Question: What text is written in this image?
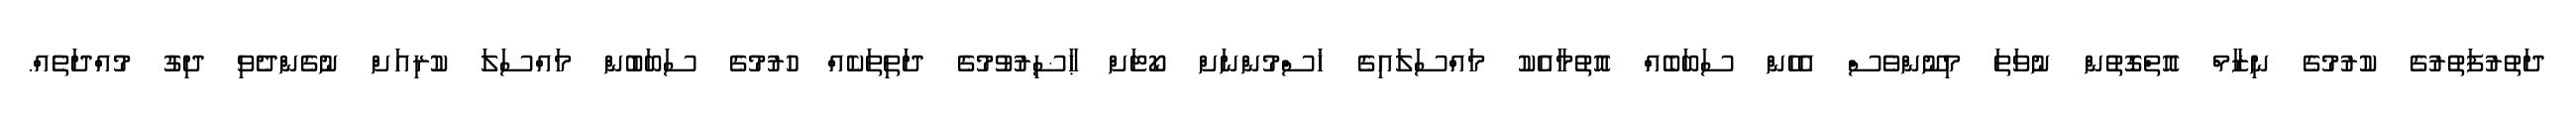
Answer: ދަތުރުފަތުރުގެ ކުރުމުގެ ނިޒާމް އޮތްގޮތުން ނުވަތަ މިނޫންވެސް އެހެން ސަބަބެއް އޮތުމާއެކު މައްސަލައިގެ ޚަސްމުންނަށް ކޯޓަށް ޙާޟިރުވުމުގެ ދަތިތަކެއް ހުރުމުގެ ސަބަބުން މައްސަލަ ކުރިއަށް ނުގެންދެވި ދިގު މުއްދަތެއް.